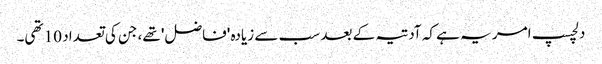
دلچسپ امر یہ ہے کہ آدتیہ کے بعد سب سے زیادہ 'فاضل' تھے، جن کی تعداد 10 تھی۔